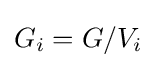
G_{i}=G/V_{i}